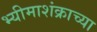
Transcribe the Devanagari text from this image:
भ्यीमाशंक्राच्या